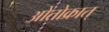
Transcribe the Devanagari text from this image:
ओतोक्रात्